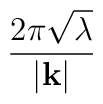
\frac{2\pi \sqrt{\lambda }}{|\mathbf{k}|}